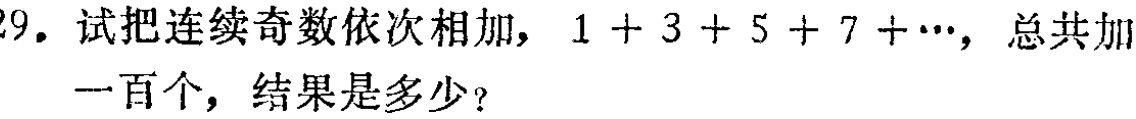
29. 试把连续奇数依次相加，\(1 + 3 + 5 + 7 + \cdots\)，总共加一百个，结果是多少？